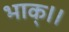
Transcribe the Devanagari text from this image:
भाक्।।